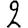
Digit: 2